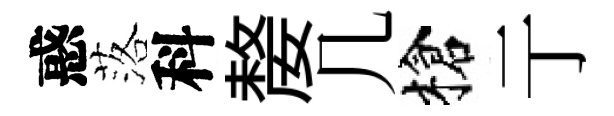
惑落科嫠几槍亍